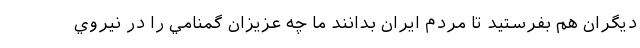
ديگران هم بفرستيد تا مردم ايران بدانند ما چه عزيزان گمنامي را در نيروي